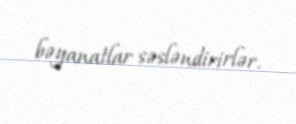
bəyanatlar səsləndirirlər.